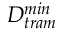
D _ { t r a m } ^ { m i n }